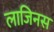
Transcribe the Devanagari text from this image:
लाजिनस